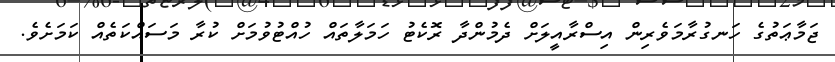
ޖަމާޢަތުގެ ހަނގުރާމަވެރިން އިސްރާއީލަށް ދެމުންދާ ރޮކެޓު ހަމަލާތައް ހުއްޓުވުމަށް ކުރާ މަސައްކަތެއް ކަމަށެވެ.